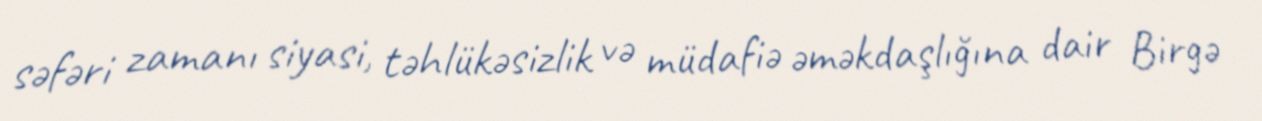
səfəri zamanı siyasi, təhlükəsizlik və müdafiə əməkdaşlığına dair Birgə